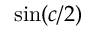
\mathrm { s i n } ( c / 2 )